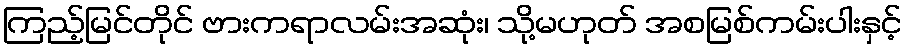
ကြည့်မြင်တိုင် ဗားကရာလမ်းအဆုံး၊ သို့မဟုတ် အစမြစ်ကမ်းပါးနှင့်